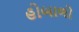
હોબાળો